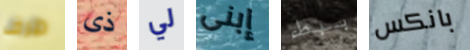
ظرف ذى لي إبنى ببطء بانكس